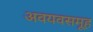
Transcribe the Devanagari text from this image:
अवयवसमूह